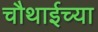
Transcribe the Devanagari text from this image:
चौथाईच्या